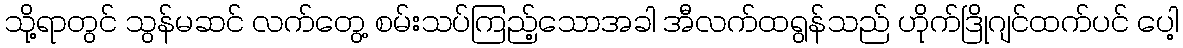
သို့ရာတွင် သွန်မဆင် လက်တွေ့ စမ်းသပ်ကြည့်သောအခါ အီလက်ထရွန်သည် ဟိုက်ဒြိုဂျင်ထက်ပင် ပေါ့